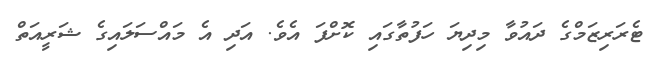
ޓެރަރިޒަމްގެ ދައުވާ މިދިޔަ ހަފުތާގައި ކޮށްފަ އެވެ. އަދި އެ މައްސަލައިގެ ޝަރީއަތް